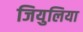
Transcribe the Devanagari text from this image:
जियुलिया